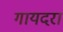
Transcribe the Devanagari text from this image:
गायदरा